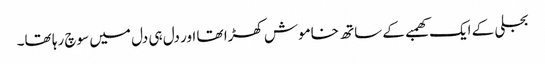
بجلی کے ایک کھمبے کے ساتھ خاموش کھڑا تھا اور دل ہی دل میں سوچ رہا تھا۔